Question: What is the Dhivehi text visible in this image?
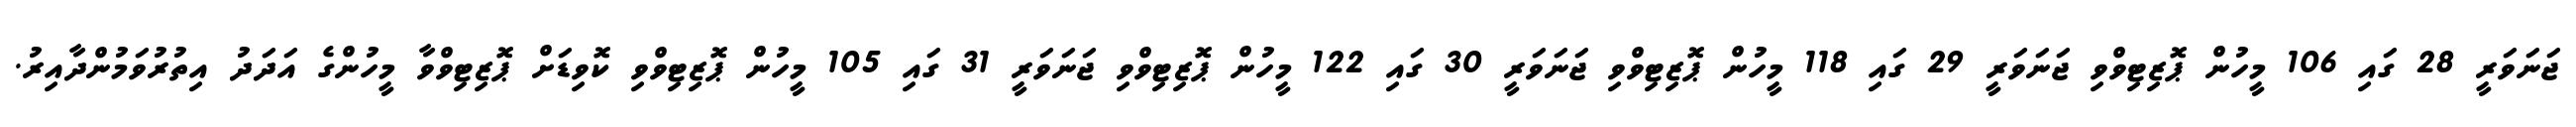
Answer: ޖަނަވަރީ 28 ގައި 106 މީހުން ޕޮޒިޓިވްވި ޖަނަވަރީ 29 ގައި 118 މީހުން ޕޮޒިޓިވްވި ޖަނަވަރީ 30 ގައި 122 މީހުން ޕޮޒިޓިވްވި ޖަނަވަރީ 31 ގައި 105 މީހުން ޕޮޒިޓިވްވި ކޮވިޑަށް ޕޮޒިޓިވްވާ މީހުންގެ އަދަދު އިތުރުވަމުންދާއިރު.